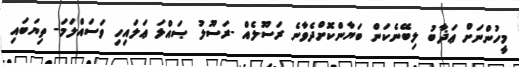
މީހުންނަށް ޢަޛާބު ލިބޭނެކަން ބަޔާންކޮށްދެވާނެ ރަސޫލެއް -ރަސޫލު ޞައްލަ ޢަލައިހި ވަސައްލަމަ- ތިޔަބައި